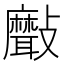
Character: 𣀯